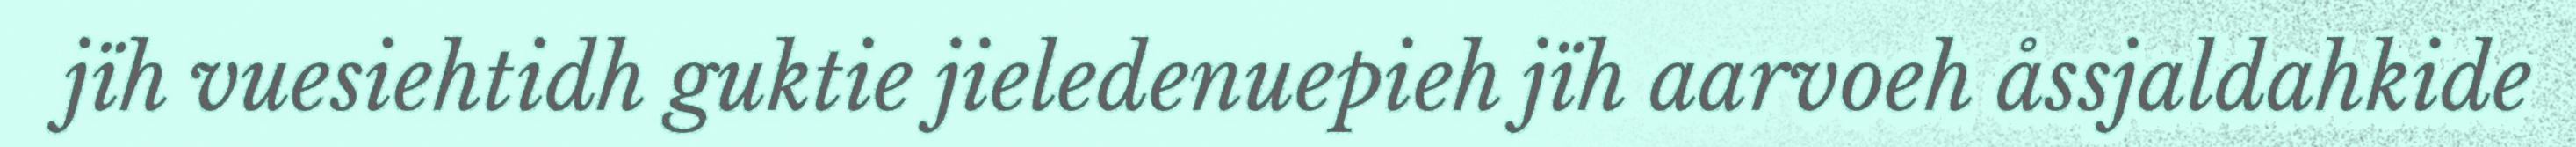
jïh vuesiehtidh guktie jieledenuepieh jïh aarvoeh åssjaldahkide